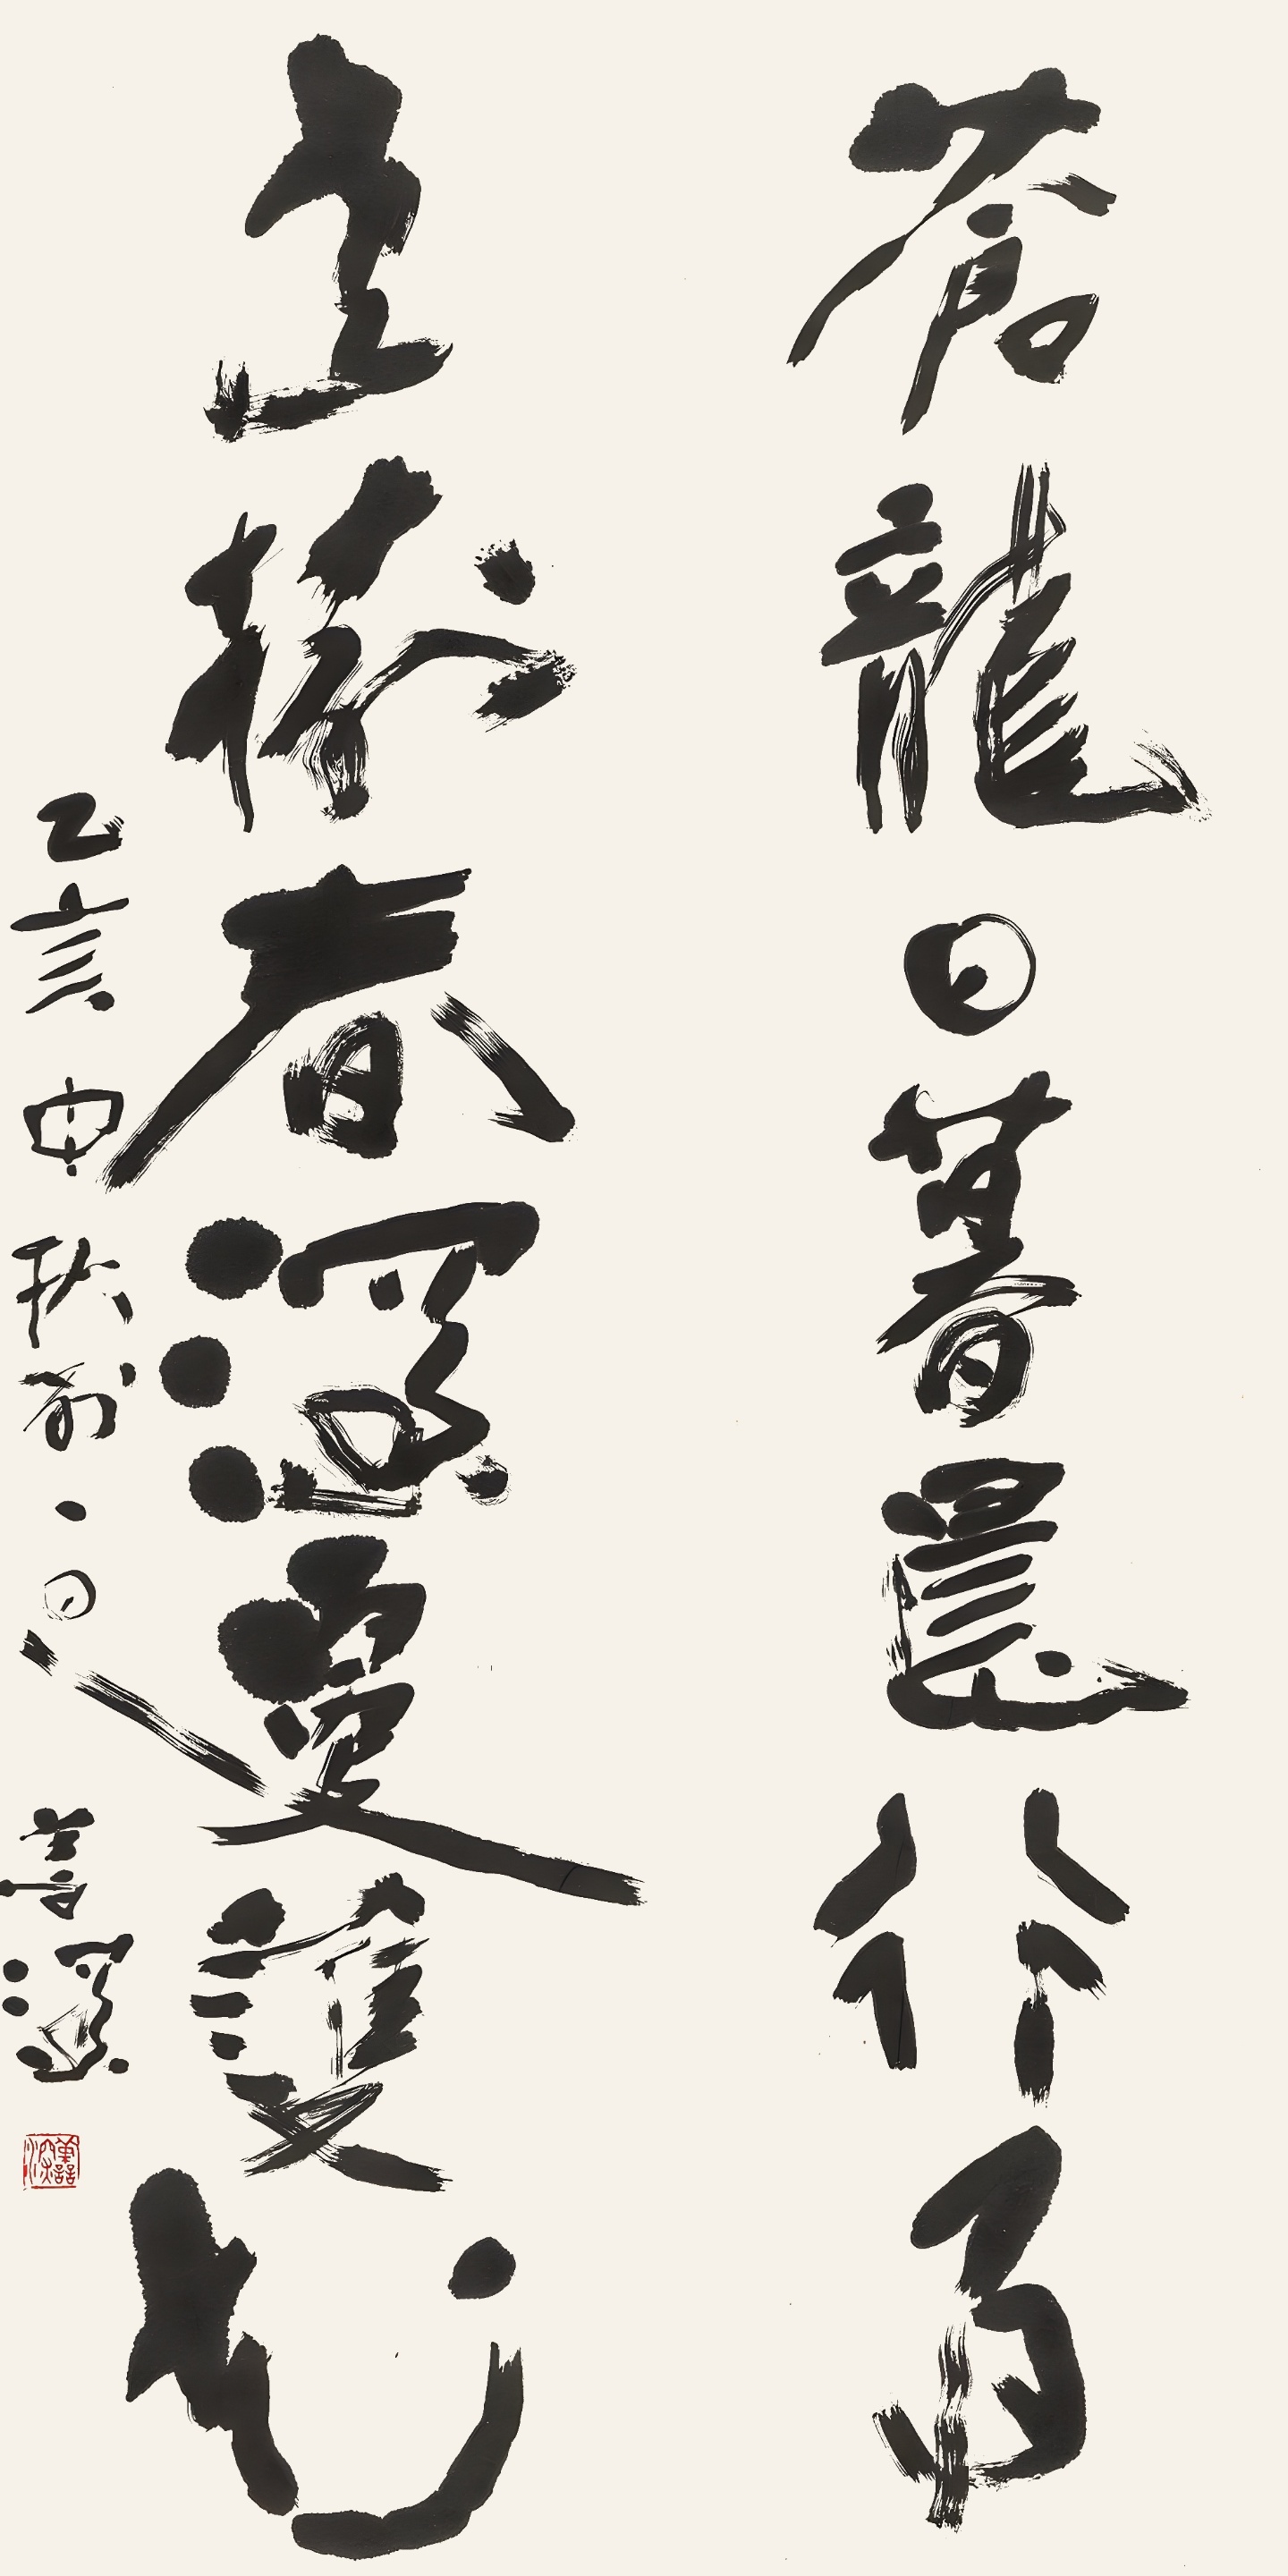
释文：苍龙日暮晨行雨，老树春深更䕶花。乙亥中秋前一日，善深。